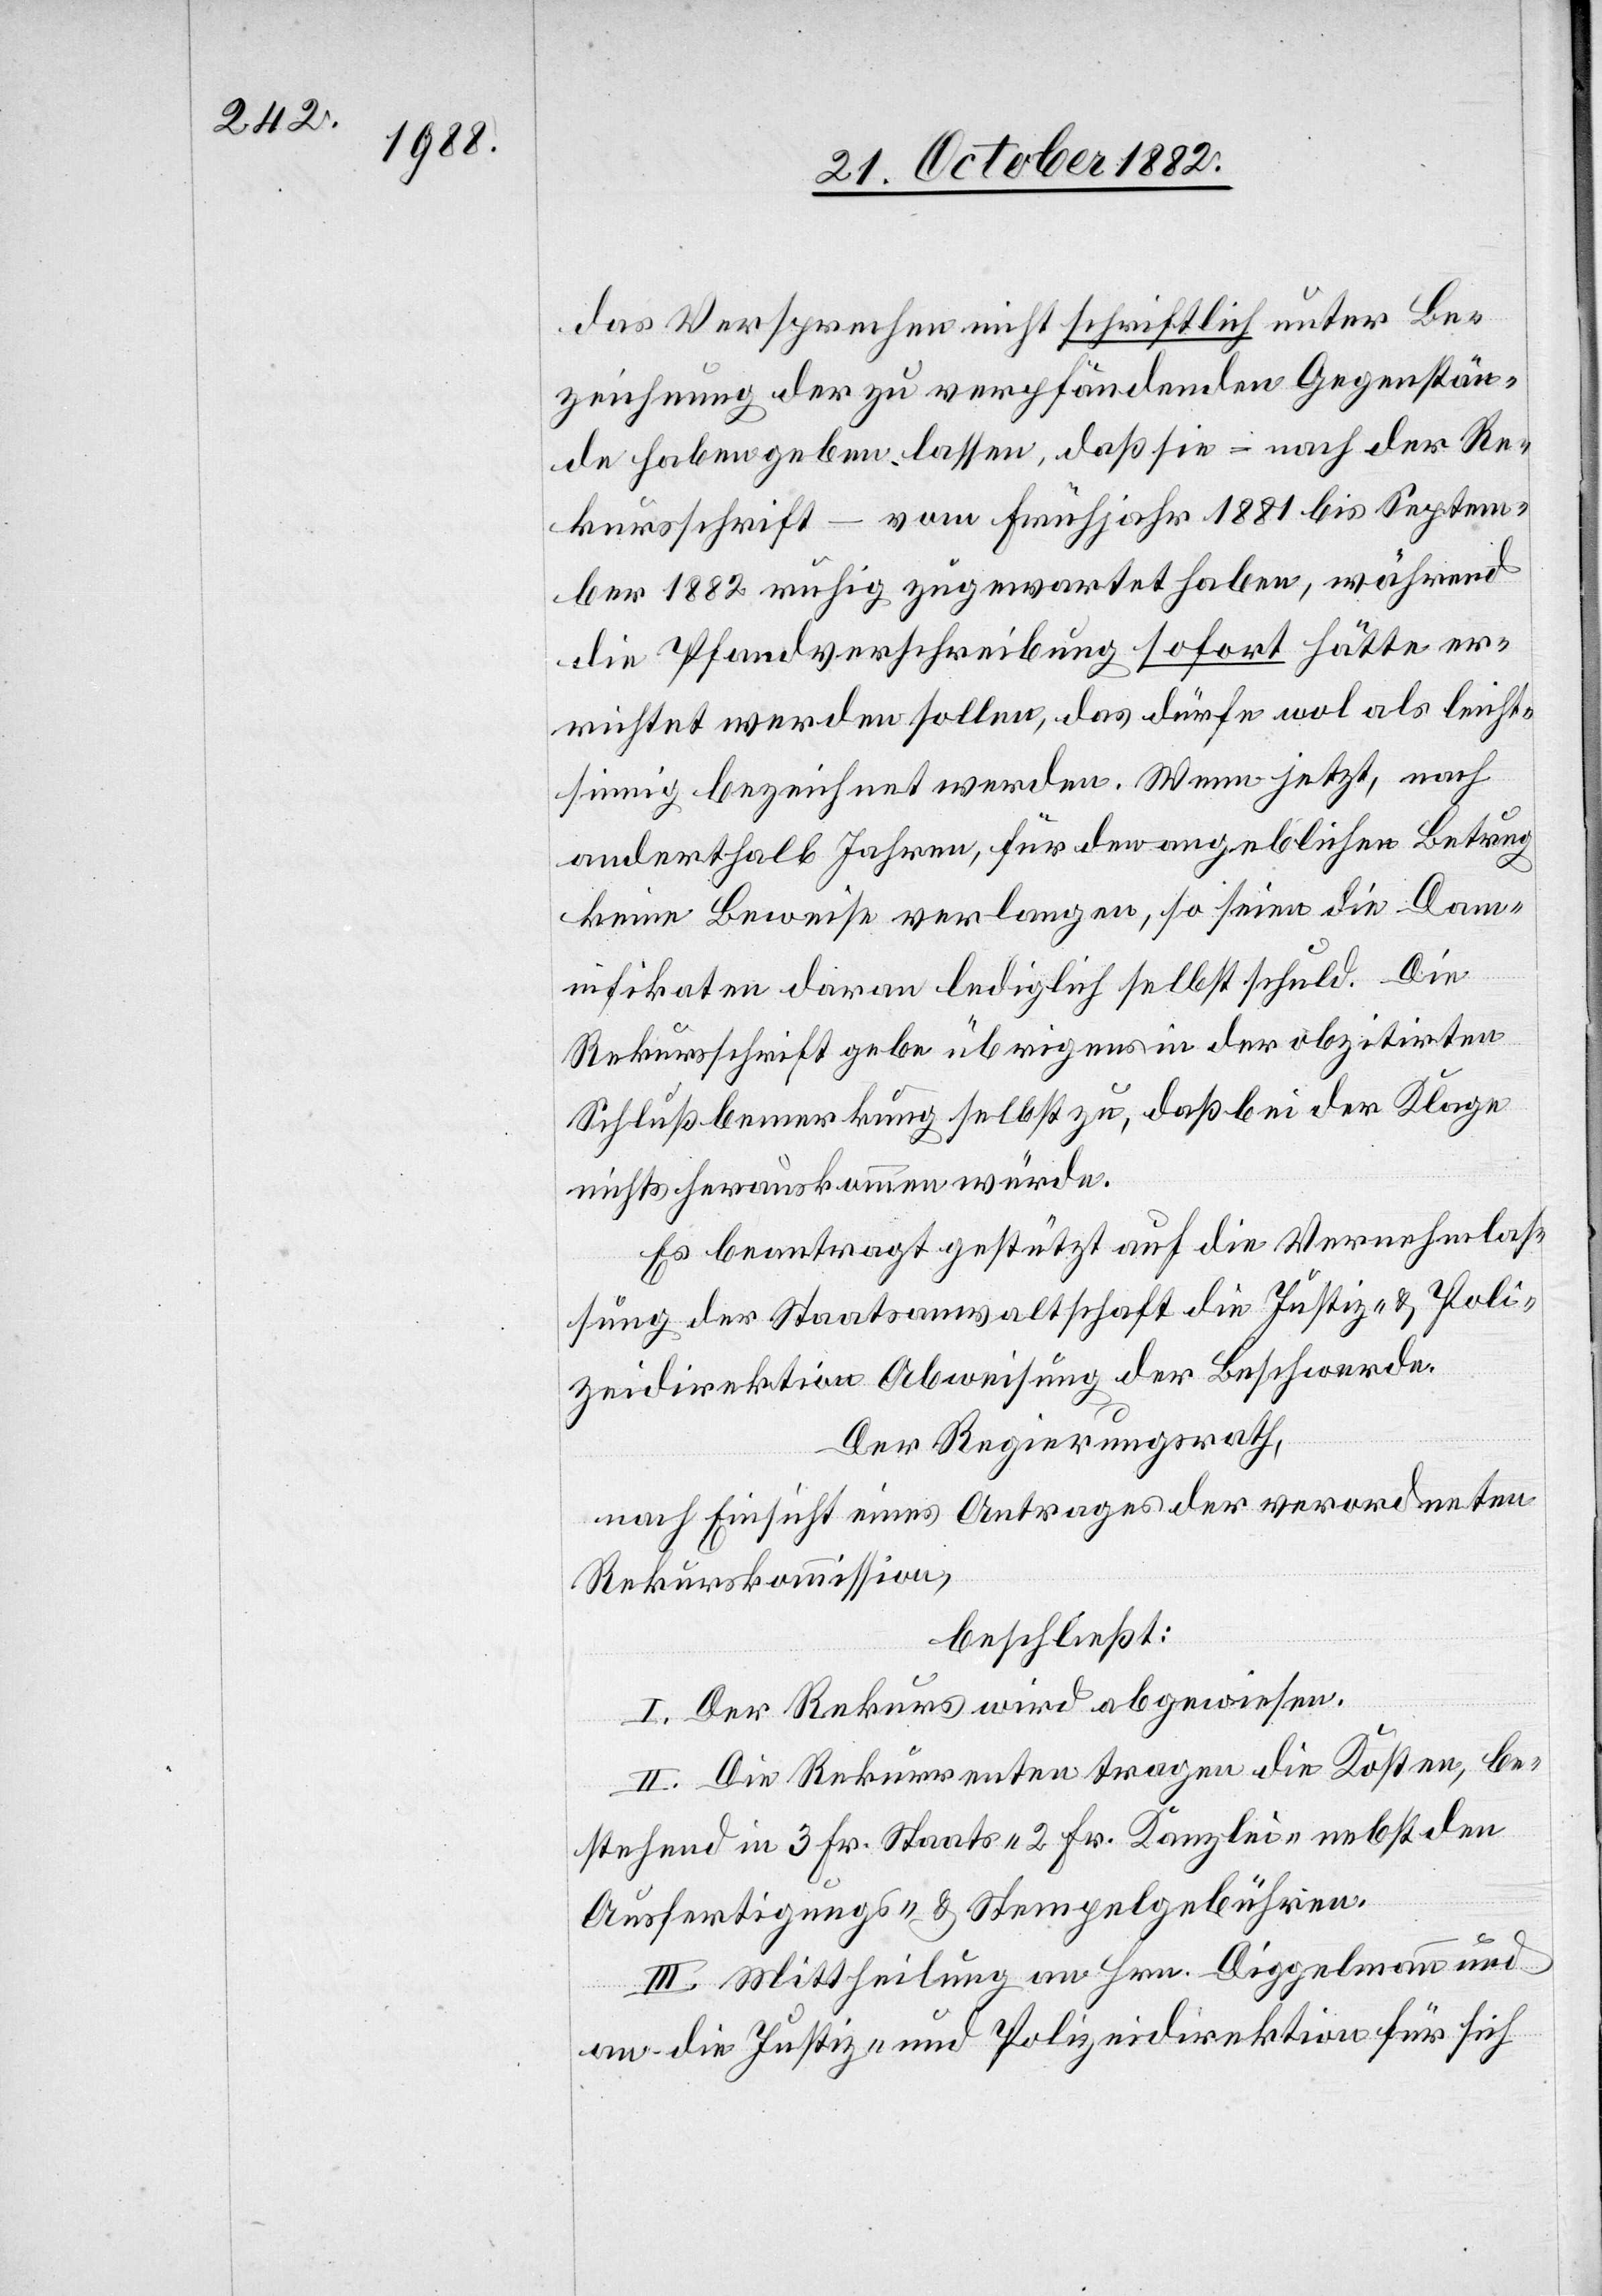
das Versprechen nicht schriftlich unter Be¬
zeichnung der zu verpfändenden Gegenstän¬
de haben geben lassen, daß sie – nach der Re¬
kursschrift – vom Frühjahr 1881 bis Septem¬
ber 1882 ruhig zugewartet haben, während
die Pfandverschreibung sofort hätte er¬
richtet werden sollen, das dürfe wol als leicht¬
sinnig bezeichnet werden. Wenn [sie] jetzt, nach
anderthalb Jahren, für den angeblichen Betrug
keine Beweise verlangen, so seien die Dam¬
nifikaten daran lediglich selbst schuld Die
Rekursschrift gebe übrigens in der obzitirten
Schlußbemerkung selbst zu, daß bei der Klage
nichts herauskommen würde.
Es beantragt gestützt auf die Vernehmlas¬
sung der Staatsanwaltschaft die Justiz- & Poli¬
zeidirektion Abweisung der Beschwerde.
Der Regierungsrath,
nach Einsicht eines Antrages der verordneten
Rekurskommission,
beschließt:
I. Der Rekurs wird abgewiesen.
II. Die Rekurrenten tragen die Kosten, be¬
stehend in 3 Fr. Staats-, 2 Fr. Kanzlei- nebst den
Ausfertigungs- & Stempelgebühren.
III. Mittheilung an Hrn. Diggelmann und
an die Justiz- und Polizeidirektion für sich